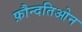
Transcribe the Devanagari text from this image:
फ़ौन्दतिओन